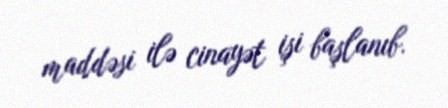
maddəsi ilə cinayət işi başlanıb.